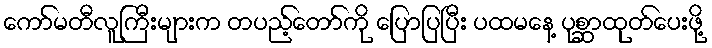
ကော်မတီလူကြီးများက တပည့်တော်ကို ပြောပြပြီး ပထမနေ့ ပုစ္ဆာထုတ်ပေးဖို့